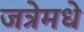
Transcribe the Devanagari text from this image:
जत्रेमधे